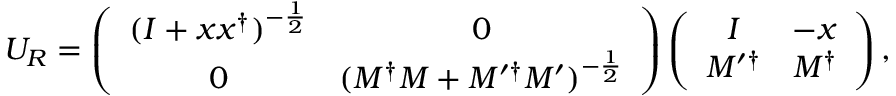
{ \cal U } _ { R } = \left( \begin{array} { c c } { { ( I + x x ^ { \dag } ) ^ { - \frac { 1 } { 2 } } } } & { { 0 } } \\ { { 0 } } & { { ( M ^ { \dag } M + M ^ { \prime \dag } M ^ { \prime } ) ^ { - \frac { 1 } { 2 } } } } \end{array} \right) \left( \begin{array} { c c } { { I } } & { { - x } } \\ { { M ^ { \prime \dag } } } & { { M ^ { \dag } } } \end{array} \right) ,